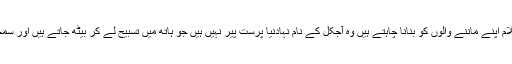
مطبوعہ ربوہ) لیکن جس قسم کے پیر حضرت مسیح موعود علیہ الصلوۃ والسلام اپنے ماننے والوں کو بنانا چاہتے ہیں وہ آجکل کے نام نہادنیا پرست پیر نہیں ہیں جو ہاتھ میں تسبیح لے کر بیٹھ جاتے ہیں اور سمجھتے ہیں کہ ہماری عبادتوں اور دوسرے حقوق کی ادائیگی کا حق ادا ہو گیا۔